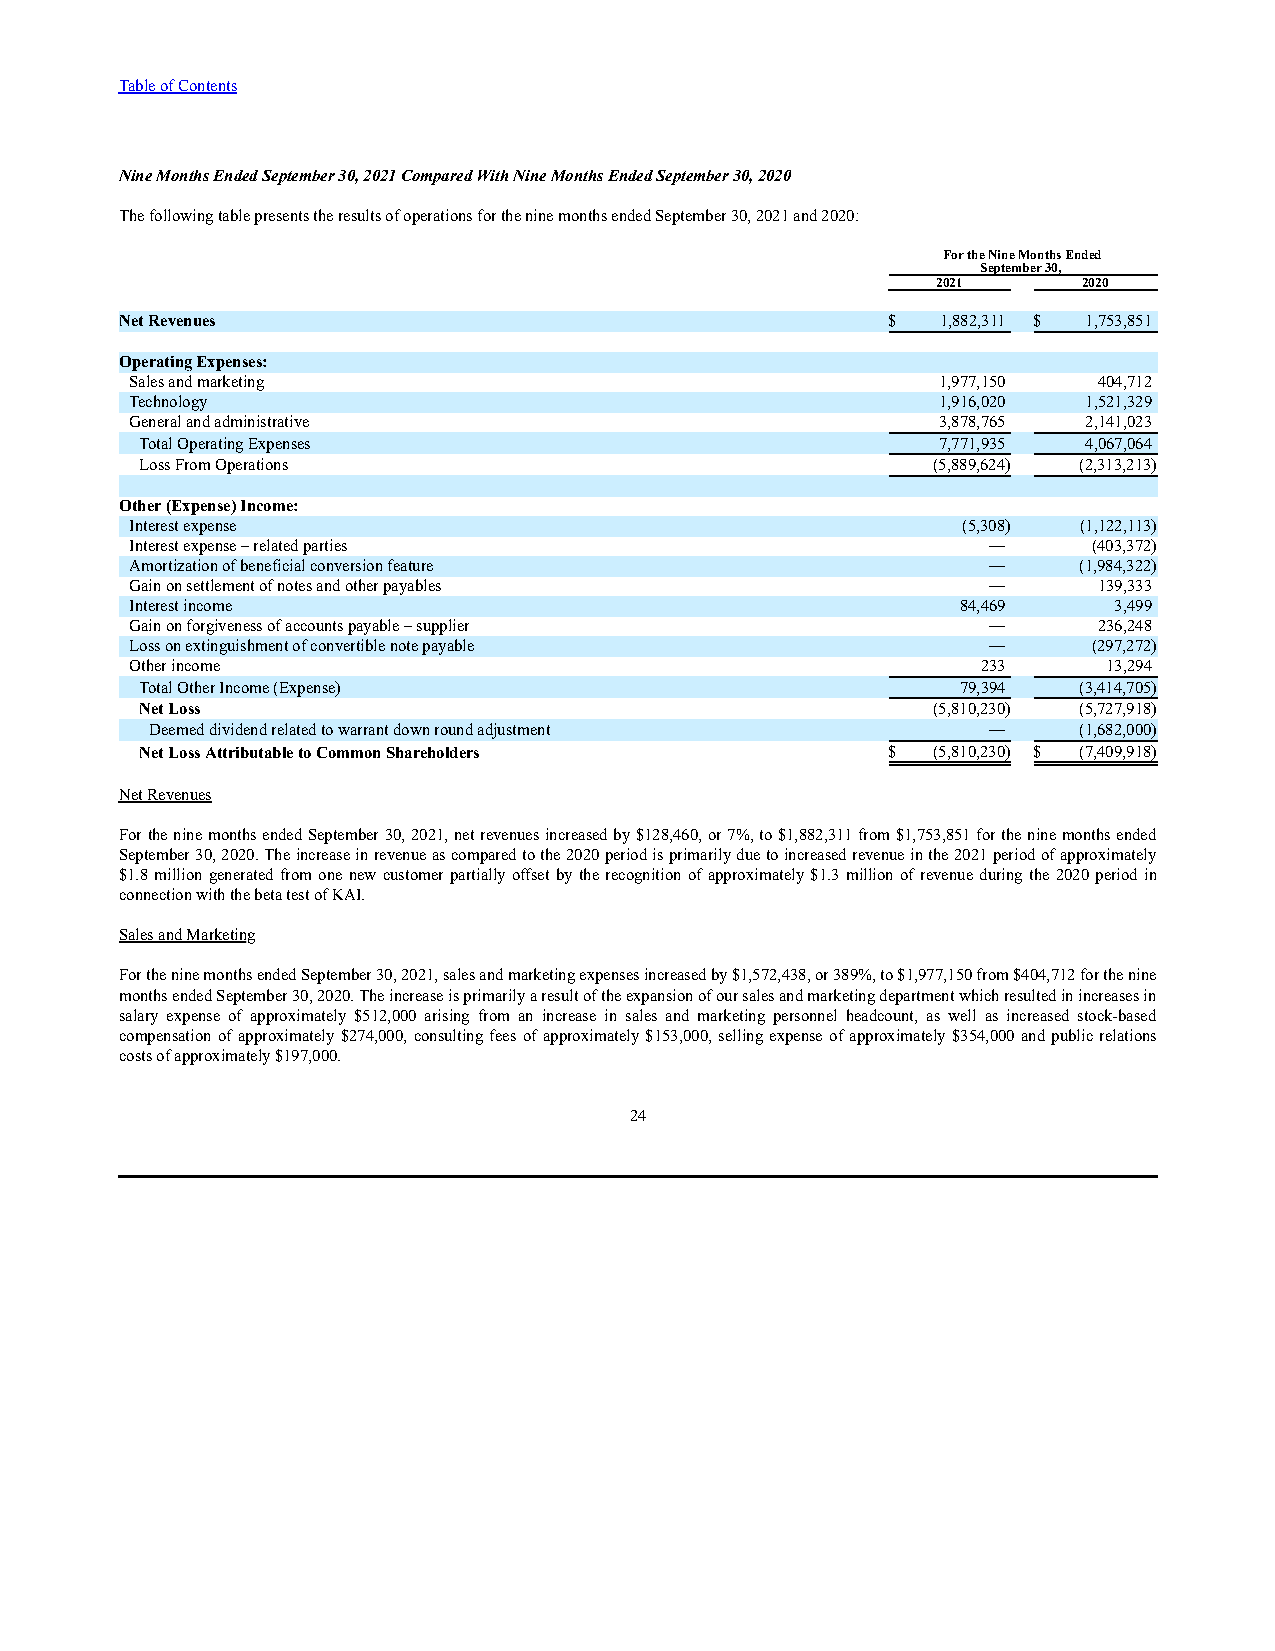
Table of Contents
 Nine Months Ended September 30, 2021 Compared With Nine Months Ended September 30, 2020
 The following table presents the results of operations for the nine months ended September 30, 2021 and 2020:
 For the Nine Months Ended
 September 30,
 2021      2020
 Net Revenues                                       $  1,882,311 $ 1,753,851
 Operating Expenses:
 Sales and marketing                                  1,977,150  404,712
 Technology                                           1,916,020 1,521,329
 General and administrative                           3,878,765 2,141,023
 Total Operating Expenses                             7,771,935 4,067,064
 Loss From Operations                                 (5,889,624) (2,313,213)
 Other (Expense) Income:
 Interest expense                                       (5,308) (1,122,113)
 Interest expense – related parties                      —      (403,372)
 Amortization of beneficial conversion feature           —     (1,984,322)
 Gain on settlement of notes and other payables          —       139,333
 Interest income                                        84,469    3,499
 Gain on forgiveness of accounts payable – supplier      —       236,248
 Loss on extinguishment of convertible note payable      —      (297,272)
 Other income                                            233     13,294
 Total Other Income (Expense)                           79,394 (3,414,705)
 Net Loss                                             (5,810,230) (5,727,918)
 Deemed dividend related to warrant down round adjustment —   (1,682,000)
 Net Loss Attributable to Common Shareholders      $  (5,810,230) $ (7,409,918)
 Net Revenues
 For the nine months ended September 30, 2021, net revenues increased by $128,460, or 7%, to $1,882,311 from $1,753,851 for the nine months ended
 September 30, 2020. The increase in revenue as compared to the 2020 period is primarily due to increased revenue in the 2021 period of approximately
 $1.8 million generated from one new customer partially offset by the recognition of approximately $1.3 million of revenue during the 2020 period in
 connection with the beta test of KAI.
 Sales and Marketing
 For the nine months ended September 30, 2021, sales and marketing expenses increased by $1,572,438, or 389%, to $1,977,150 from $404,712 for the nine
 months ended September 30, 2020. The increase is primarily a result of the expansion of our sales and marketing department which resulted in increases in
 salary expense of approximately $512,000 arising from an increase in sales and marketing personnel headcount, as well as increased stock-based
 compensation of approximately $274,000, consulting fees of approximately $153,000, selling expense of approximately $354,000 and public relations
 costs of approximately $197,000.
 24